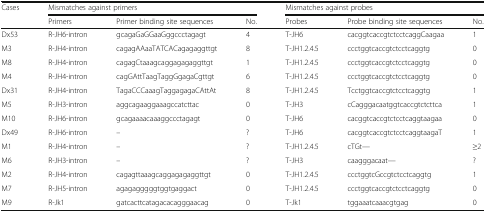
| <ROWSPAN=2> Cases | <COLSPAN=3> Mismatches against primers | <COLSPAN=3> Mismatches against probes |
 | Primers | Primer binding site sequences | No. | Probes | Probe binding site sequences | No. |
 | --- | --- | --- | --- | --- | --- | --- |
 | Dx53 | R-JH6-intron | gcagaGaGGaaGggccctagagt | 4 | T-JH6 | cacggtcaccgtctcctcaggCaagaa | 1 |
 | M3 | R-JH4-intron | cagagAAaaTATCACagagaggttgt | 8 | T-JH1.2.4.5 | ccctggtcaccgtctcctcaggtg | 0 |
 | M8 | R-JH4-intron | cagagCtaaagcaggagagaggttgt | 1 | T-JH1.2.4.5 | ccctggtcaccgtctcctcaggtg | 0 |
 | M4 | R-JH4-intron | cagGAttTaagTaggGgagaCgttgt | 6 | T-JH1.2.4.5 | ccctggtcaccgtctcctcaggtg | 0 |
 | Dx31 | R-JH4-intron | TagaCCCaaagTaggagagaCAttAt | 8 | T-JH1.2.4.5 | Tcctggtcaccgtctcctcaggtg | 1 |
 | M5 | R-JH3-intron | aggcagaaggaaagccatcttac | 0 | T-JH3 | cCagggacaatggtcaccgtctcttca | 1 |
 | M10 | R-JH6-intron | gcagaaaacaaaggccctagagt | 0 | T-JH6 | cacggtcaccgtctcctcaggtaagaa | 0 |
 | Dx49 | R-JH6-intron | – | ? | T-JH6 | cacggtcaccgtctcctcaggtaagaT | 1 |
 | M1 | R-JH4-intron | – | ? | T-JH1.2.4.5 | cTGt--- | ≥2 |
 | M6 | R-JH3-intron | – | ? | T-JH3 | caagggacaat--- | ? |
 | M2 | R-JH4-intron | cagagttaaagcaggagagaggttgt | 0 | T-JH1.2.4.5 | ccctggtcGccgtctcctcaggtg | 1 |
 | M7 | R-JH5-intron | agagagggggtggtgaggact | 0 | T-JH1.2.4.5 | ccctggtcaccgtctcctcaggtg | 0 |
 | M9 | R-Jk1 | gatcacttcatagacacagggaacag | 0 | T-Jk1 | tggaaatcaaacgtgag | 0 |